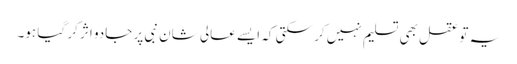
یہ تو عقل بھی تسلیم نہیں کر سکتی کہ ایسے عالی شان نبی پر جادو اثر کر گیا ہو۔